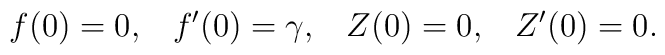
f(0) = 0,  \; \; \; f'(0) = \gamma, \; \; \;     Z(0) = 0,  \; \; \; Z'(0) = 0.